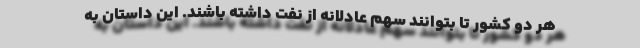
هر دو کشور تا بتوانند سهم عادلانه از نفت داشته باشند. این داستان به